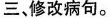
三、修改病句。